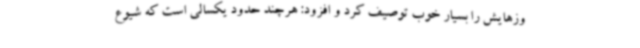
وزهایش را بسیار خوب توصیف کرد و افزود: هرچند حدود یکسالی است که شیوع